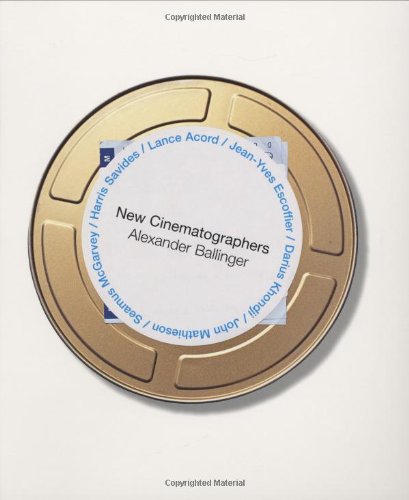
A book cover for New Cinematographers; Alex Ballinger; Arts & Photography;